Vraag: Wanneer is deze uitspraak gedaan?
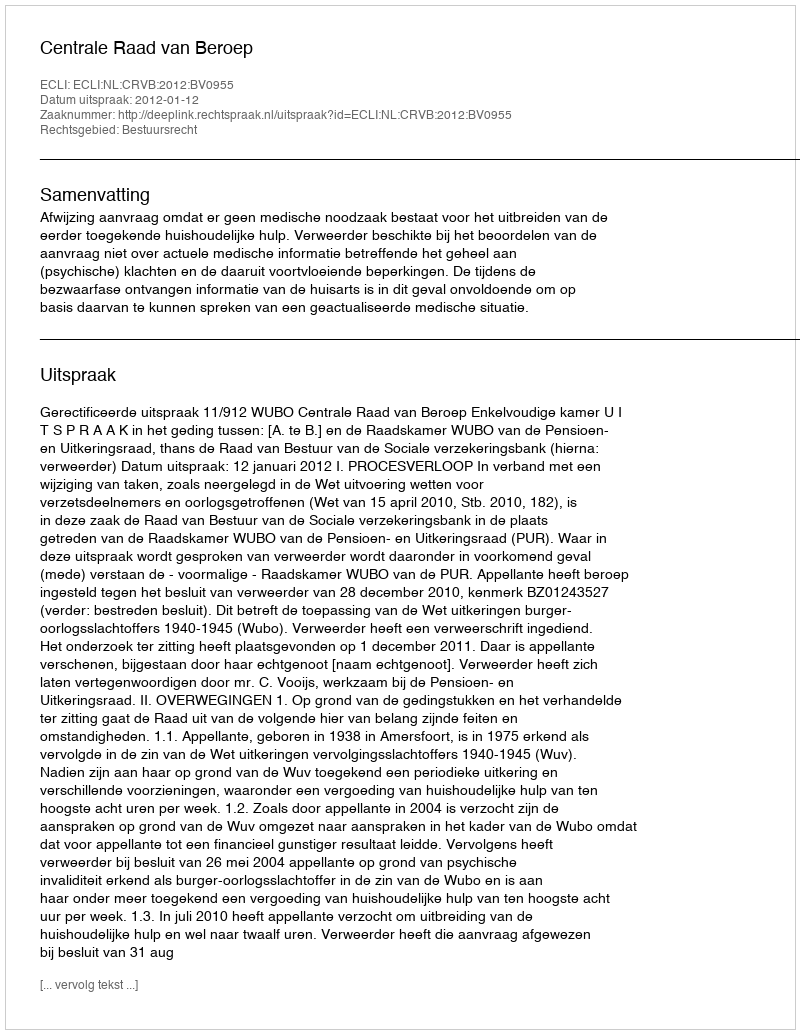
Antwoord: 2012-01-12